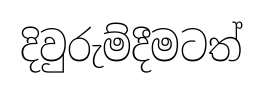
දිවුරුම්දීමටත්